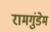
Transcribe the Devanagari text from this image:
रामगुंडेम